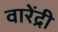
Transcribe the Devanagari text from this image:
वारेंद्री